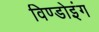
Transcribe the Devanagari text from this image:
विण्डोइंग